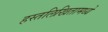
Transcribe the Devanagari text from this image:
हस्तलिखितामध्ये